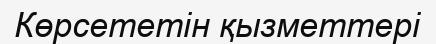
Көрсететін қызметтері